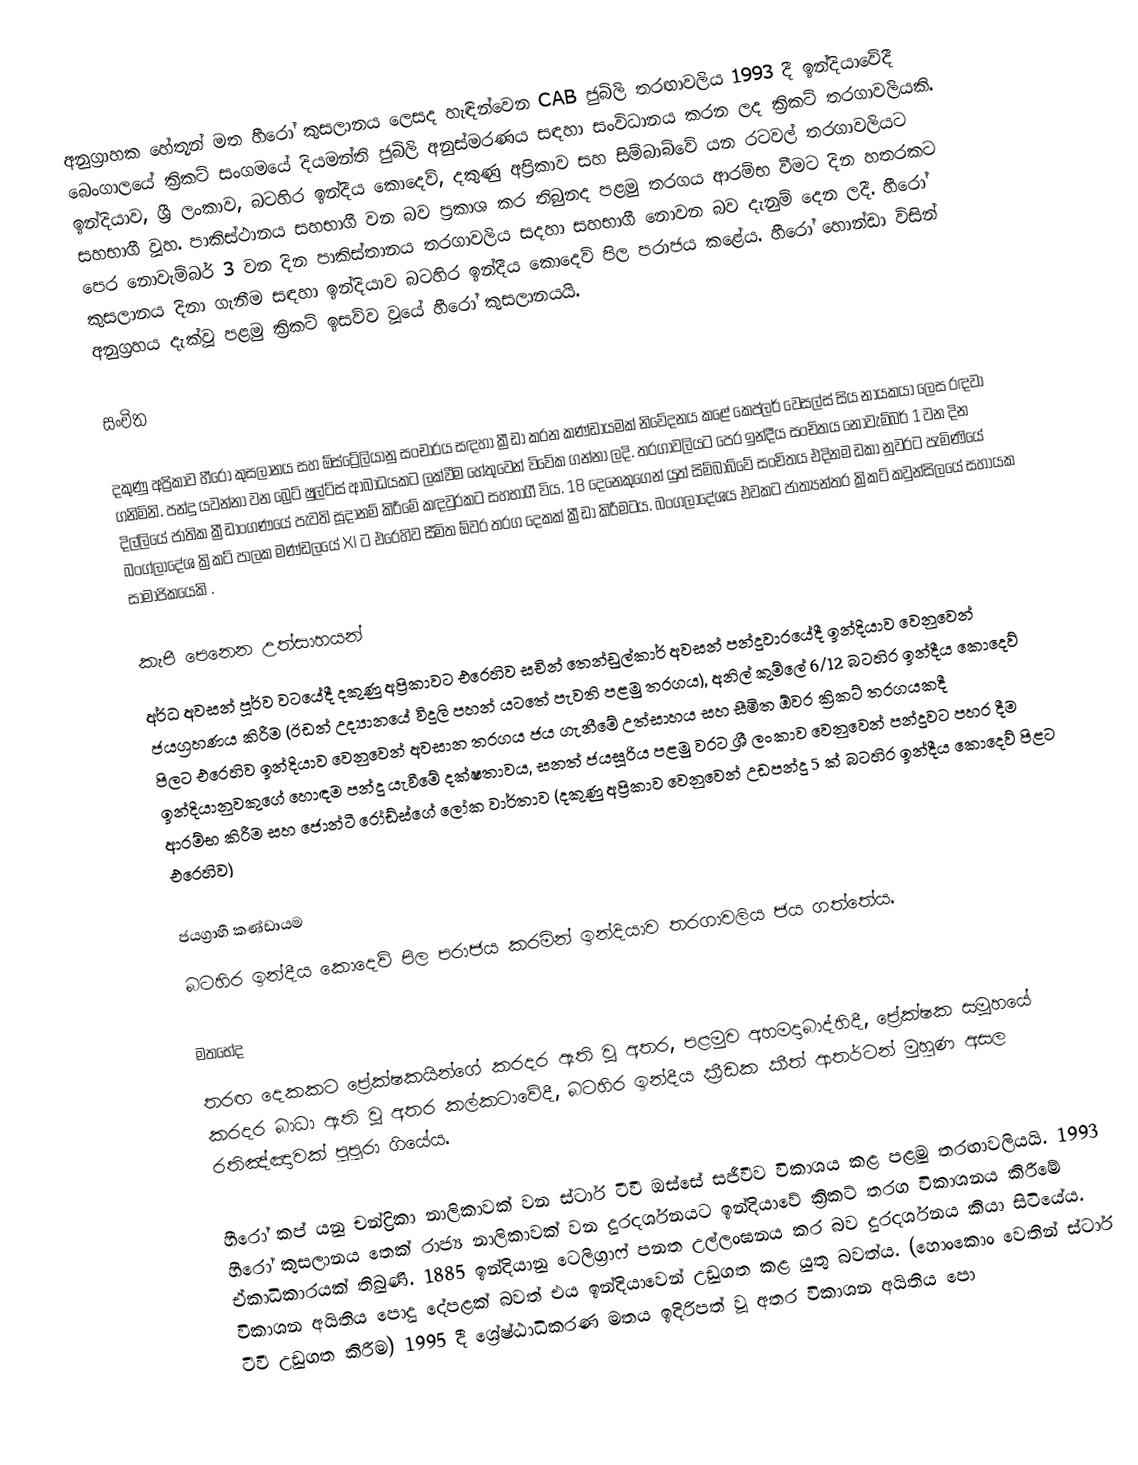
අනුග්‍රාහක හේතූන් මත හීරෝ කුසලානය ලෙසද හැඳින්වෙන CAB ජුබිලි තරඟාවලිය 1993 දී ඉන්දියාවේදී බෙංගාලයේ ක්‍රිකට් සංගමයේ දියමන්ති ජුබිලි අනුස්මරණය සඳහා සංවිධානය කරන ලද ක්‍රිකට් තරගාවලියකි. ඉන්දියාව, ශ්‍රී ලංකාව, බටහිර ඉන්දීය කොදෙව්, දකුණු අප්‍රිකාව සහ සිම්බාබ්වේ යන රටවල් තරගාවලියට සහභාගී වූහ. පාකිස්ථානය සහභාගී වන බව ප්‍රකාශ කර තිබුනද පළමු තරගය ආරම්භ වීමට දින හතරකට පෙර නොවැම්බර් 3 වන දින පාකිස්තානය තරගාවලිය සදහා සහභාගී නොවන බව දැනුම් දෙන ලදී.  හීරෝ කුසලානය දිනා ගැනීම සඳහා ඉන්දියාව බටහිර ඉන්දීය කොදෙව් පිල පරාජය කළේය.  හීරෝ හොන්ඩා විසින් අනුග්‍රහය දැක්වූ පළමු ක්‍රිකට් ඉසව්ව වූයේ හීරෝ කුසලානයයි.

සංචිත

දකුණු අප්‍රිකාව හීරෝ කුසලානය සහ ඕස්ට්‍රේලියානු සංචාරය සඳහා ක්‍රීඩා කරන කණ්ඩායමක් නිවේදනය කළේ කෙප්ලර් වෙසල්ස් සිය නායකයා ලෙස රඳවා ගනිමිනි. පන්දු යවන්නා වන බ්‍රෙට් ෂුල්ට්ස් ආබාධයකට ලක්වීම හේතුවෙන් විවේක ගන්නා ලදි.  තරගාවලියට පෙර ඉන්දීය සංචිතය නොවැම්බර් 1 වන දින දිල්ලියේ ජාතික ක්‍රීඩාංගණයේ පැවති සූදානම් කිරීමේ කඳවුරකට සහභාගී විය.  18 දෙනෙකුගෙන් යුත් සිම්බාබ්වේ සංචිතය එදිනම ඩකා නුවරට පැමිණියේ බංග්ලාදේශ ක්‍රිකට් පාලක මණ්ඩලයේ XI ට එරෙහිව සීමිත ඕවර තරග දෙකක් ක්‍රීඩා කිරීමටය. බංගලාදේශය එවකට ජාත්‍යන්තර ක්‍රිකට් කවුන්සිලයේ සහායක සාමාජිකයෙකි .

කැපී පෙනෙන උත්සාහයන්
අර්ධ අවසන් පූර්ව වටයේදී දකුණු අප්‍රිකාවට එරෙහිව සචින් තෙන්ඩුල්කාර් අවසන් පන්දුවාරයේදී ඉන්දියාව වෙනුවෙන් ජයග්‍රහණය කිරීම (ඊඩන් උද්‍යානයේ විදුලි පහන් යටතේ පැවති පළමු තරගය),  අනිල් කුම්ලේ 6/12 බටහිර ඉන්දීය කොදෙව් පිලට එරෙහිව ඉන්දියාව වෙනුවෙන් අවසාන තරගය ජය ගැනීමේ උත්සාහය සහ සීමිත ඕවර ක්‍රිකට් තරගයකදී ඉන්දියානුවකුගේ හොඳම පන්දු යැවීමේ දක්ෂතාවය,  සනත් ජයසූරිය පළමු වරට ශ්‍රී ලංකාව වෙනුවෙන් පන්දුවට පහර දීම ආරම්භ කිරීම  සහ ජොන්ටී රෝඩ්ස්ගේ ලෝක වාර්තාව (දකුණු අප්‍රිකාව වෙනුවෙන් උඩපන්දු 5 ක් බටහිර ඉන්දීය කොදෙව් පිළට එරෙහිව)

ජයග්‍රාහී කණ්ඩායම
බටහිර ඉන්දීය කොදෙව් පිල පරාජය කරමින් ඉන්දියාව තරගාවලිය ජය ගත්තේය.

මතභේද
තරඟ දෙකකට ප්‍රේක්ෂකයින්ගේ කරදර ඇති වූ අතර, පළමුව අහමදාබාද්හිදී, ප්‍රේක්ෂක සමූහයේ කරදර බාධා ඇති වූ අතර කල්කටාවේදී, බටහිර ඉන්දීය ක්‍රීඩක කීත් ආතර්ටන් මුහුණ අසල රතිඤ්ඤාවක් පුපුරා ගියේය.

හීරෝ කප් යනු චන්ද්‍රිකා නාලිකාවක් වන ස්ටාර් ටීවී ඔස්සේ සජීවීව විකාශය කළ පළමු තරඟාවලියයි.   1993 හීරෝ කුසලානය තෙක් රාජ්‍ය නාලිකාවක් වන දුරදර්ශනයට ඉන්දියාවේ ක්‍රිකට් තරග විකාශනය කිරීමේ ඒකාධිකාරයක් තිබුණි. 1885 ඉන්දියානු ටෙලිග්‍රාෆ් පනත උල්ලංඝනය කර බව දුරදර්ශනය කියා සිටියේය. විකාශන අයිතිය පොදු දේපළක් බවත් එය ඉන්දියාවෙන් උඩුගත කළ යුතු බවත්ය. (හොංකොං වෙතින් ස්ටාර් ටීවී උඩුගත කිරීම)  1995 දී ශ්‍රේෂ්ඨාධිකරණ මතය ඉදිරිපත් වූ අතර විකාශන අයිතිය පො